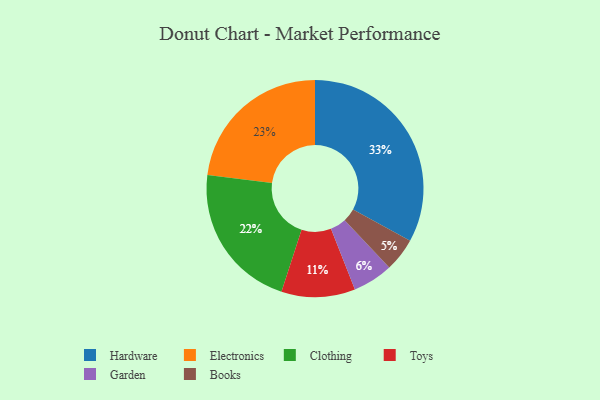
{"axis": {"x": "Category", "y": "Percentage"}, "legend": ["Books", "Clothing", "Electronics", "Garden", "Hardware", "Toys"], "data": [{"x": "Electronics", "y": 23, "type": "Electronics"}, {"x": "Clothing", "y": 22, "type": "Clothing"}, {"x": "Hardware", "y": 33, "type": "Hardware"}, {"x": "Books", "y": 5, "type": "Books"}, {"x": "Toys", "y": 11, "type": "Toys"}, {"x": "Garden", "y": 6, "type": "Garden"}]}